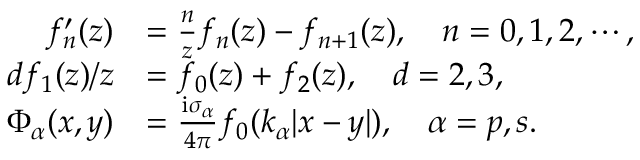
\begin{array} { r l } { f _ { n } ^ { \prime } ( z ) } & { = \frac { n } { z } f _ { n } ( z ) - f _ { n + 1 } ( z ) , \quad n = 0 , 1 , 2 , \cdots , } \\ { d f _ { 1 } ( z ) / { z } } & { = f _ { 0 } ( z ) + f _ { 2 } ( z ) , \quad d = 2 , 3 , } \\ { \Phi _ { \alpha } ( x , y ) } & { = \frac { \mathrm { i } \sigma _ { \alpha } } { 4 \pi } f _ { 0 } ( k _ { \alpha } | x - y | ) , \quad \alpha = p , s . } \end{array}